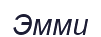
Эмми